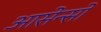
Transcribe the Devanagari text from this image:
आसेन्सो